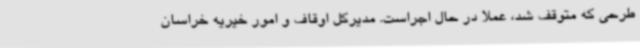
طرحی که متوقف شد، عملا در حال اجراست. مدیرکل اوقاف و امور خیریه خراسان